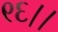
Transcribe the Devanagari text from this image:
९६।।